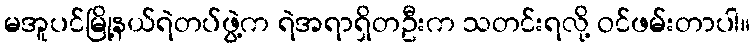
မအူပင်မြို့နယ်ရဲတပ်ဖွဲ့က ရဲအရာရှိတဦးက သတင်းရလို့ ဝင်ဖမ်းတာပါ။